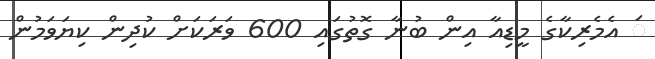
ަ އެމެރިކާގެ މީޑިއާ އިން ބުނާ ގޮތުގައި 600 ވަރަކަށް ކުދިން ކިޔަވަމުން